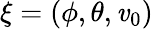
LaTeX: \xi=(\phi,\theta,\mathit{v}_{0})